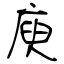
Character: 庾